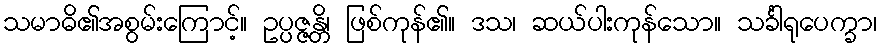
သမာဓိ၏အစွမ်းကြောင့်။ ဥပ္ပဇ္ဇန္တိ၊ ဖြစ်ကုန်၏။ ဒသ၊ ဆယ်ပါးကုန်သော။ သင်္ခါရုပေက္ခာ၊